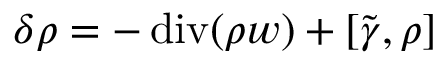
\delta \rho = - \operatorname { d i v } ( \rho w ) + [ \tilde { \gamma } , \rho ]